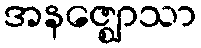
အနဇ္ဈောသာ